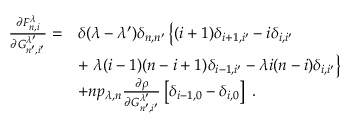
\begin{array} { r l } { \frac { \partial F _ { n , i } ^ { \lambda } } { \partial G _ { n ^ { \prime } , i ^ { \prime } } ^ { \lambda ^ { \prime } } } = } & { \delta ( \lambda - \lambda ^ { \prime } ) \delta _ { n , n ^ { \prime } } \left\lbrace ( i + 1 ) \delta _ { i + 1 , i ^ { \prime } } - i \delta _ { i , i ^ { \prime } } \right. } \\ & { + \left. \lambda ( i - 1 ) ( n - i + 1 ) \delta _ { i - 1 , i ^ { \prime } } - \lambda i ( n - i ) \delta _ { i , i ^ { \prime } } \right\rbrace } \\ & { + n p _ { \lambda , n } \frac { \partial \rho } { \partial G _ { n ^ { \prime } , i ^ { \prime } } ^ { \lambda ^ { \prime } } } \left[ \delta _ { i - 1 , 0 } - \delta _ { i , 0 } \right] \; . } \end{array}